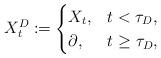
LaTeX: \begin{align*}X_t^D\coloneqq\begin{cases}X_t,&t<\tau_D,\\\partial,&t\ge \tau_D,\end{cases}\end{align*}